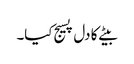
بیٹے کا دل پسیج کیا۔